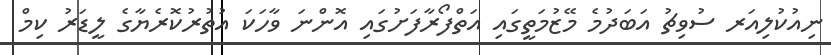
ނިއުކުލިއަރ ސުވިޗު އަބަދުމެ މޭޒުމަތީގައި އަތްފޯރާފަށުގައި އޮންނަ ވާހަކަ އުތުރުކޮރެޔާގެ ލީޑަރު ކިމް